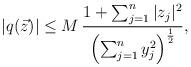
LaTeX: \begin{align*} |q(\vec{z})| \leq M\,\frac{1+\sum_{j=1}^n|z_j|^2}{\left(\sum_{j=1}^ny_j^2\right)^{\frac{1}{2}}},\end{align*}